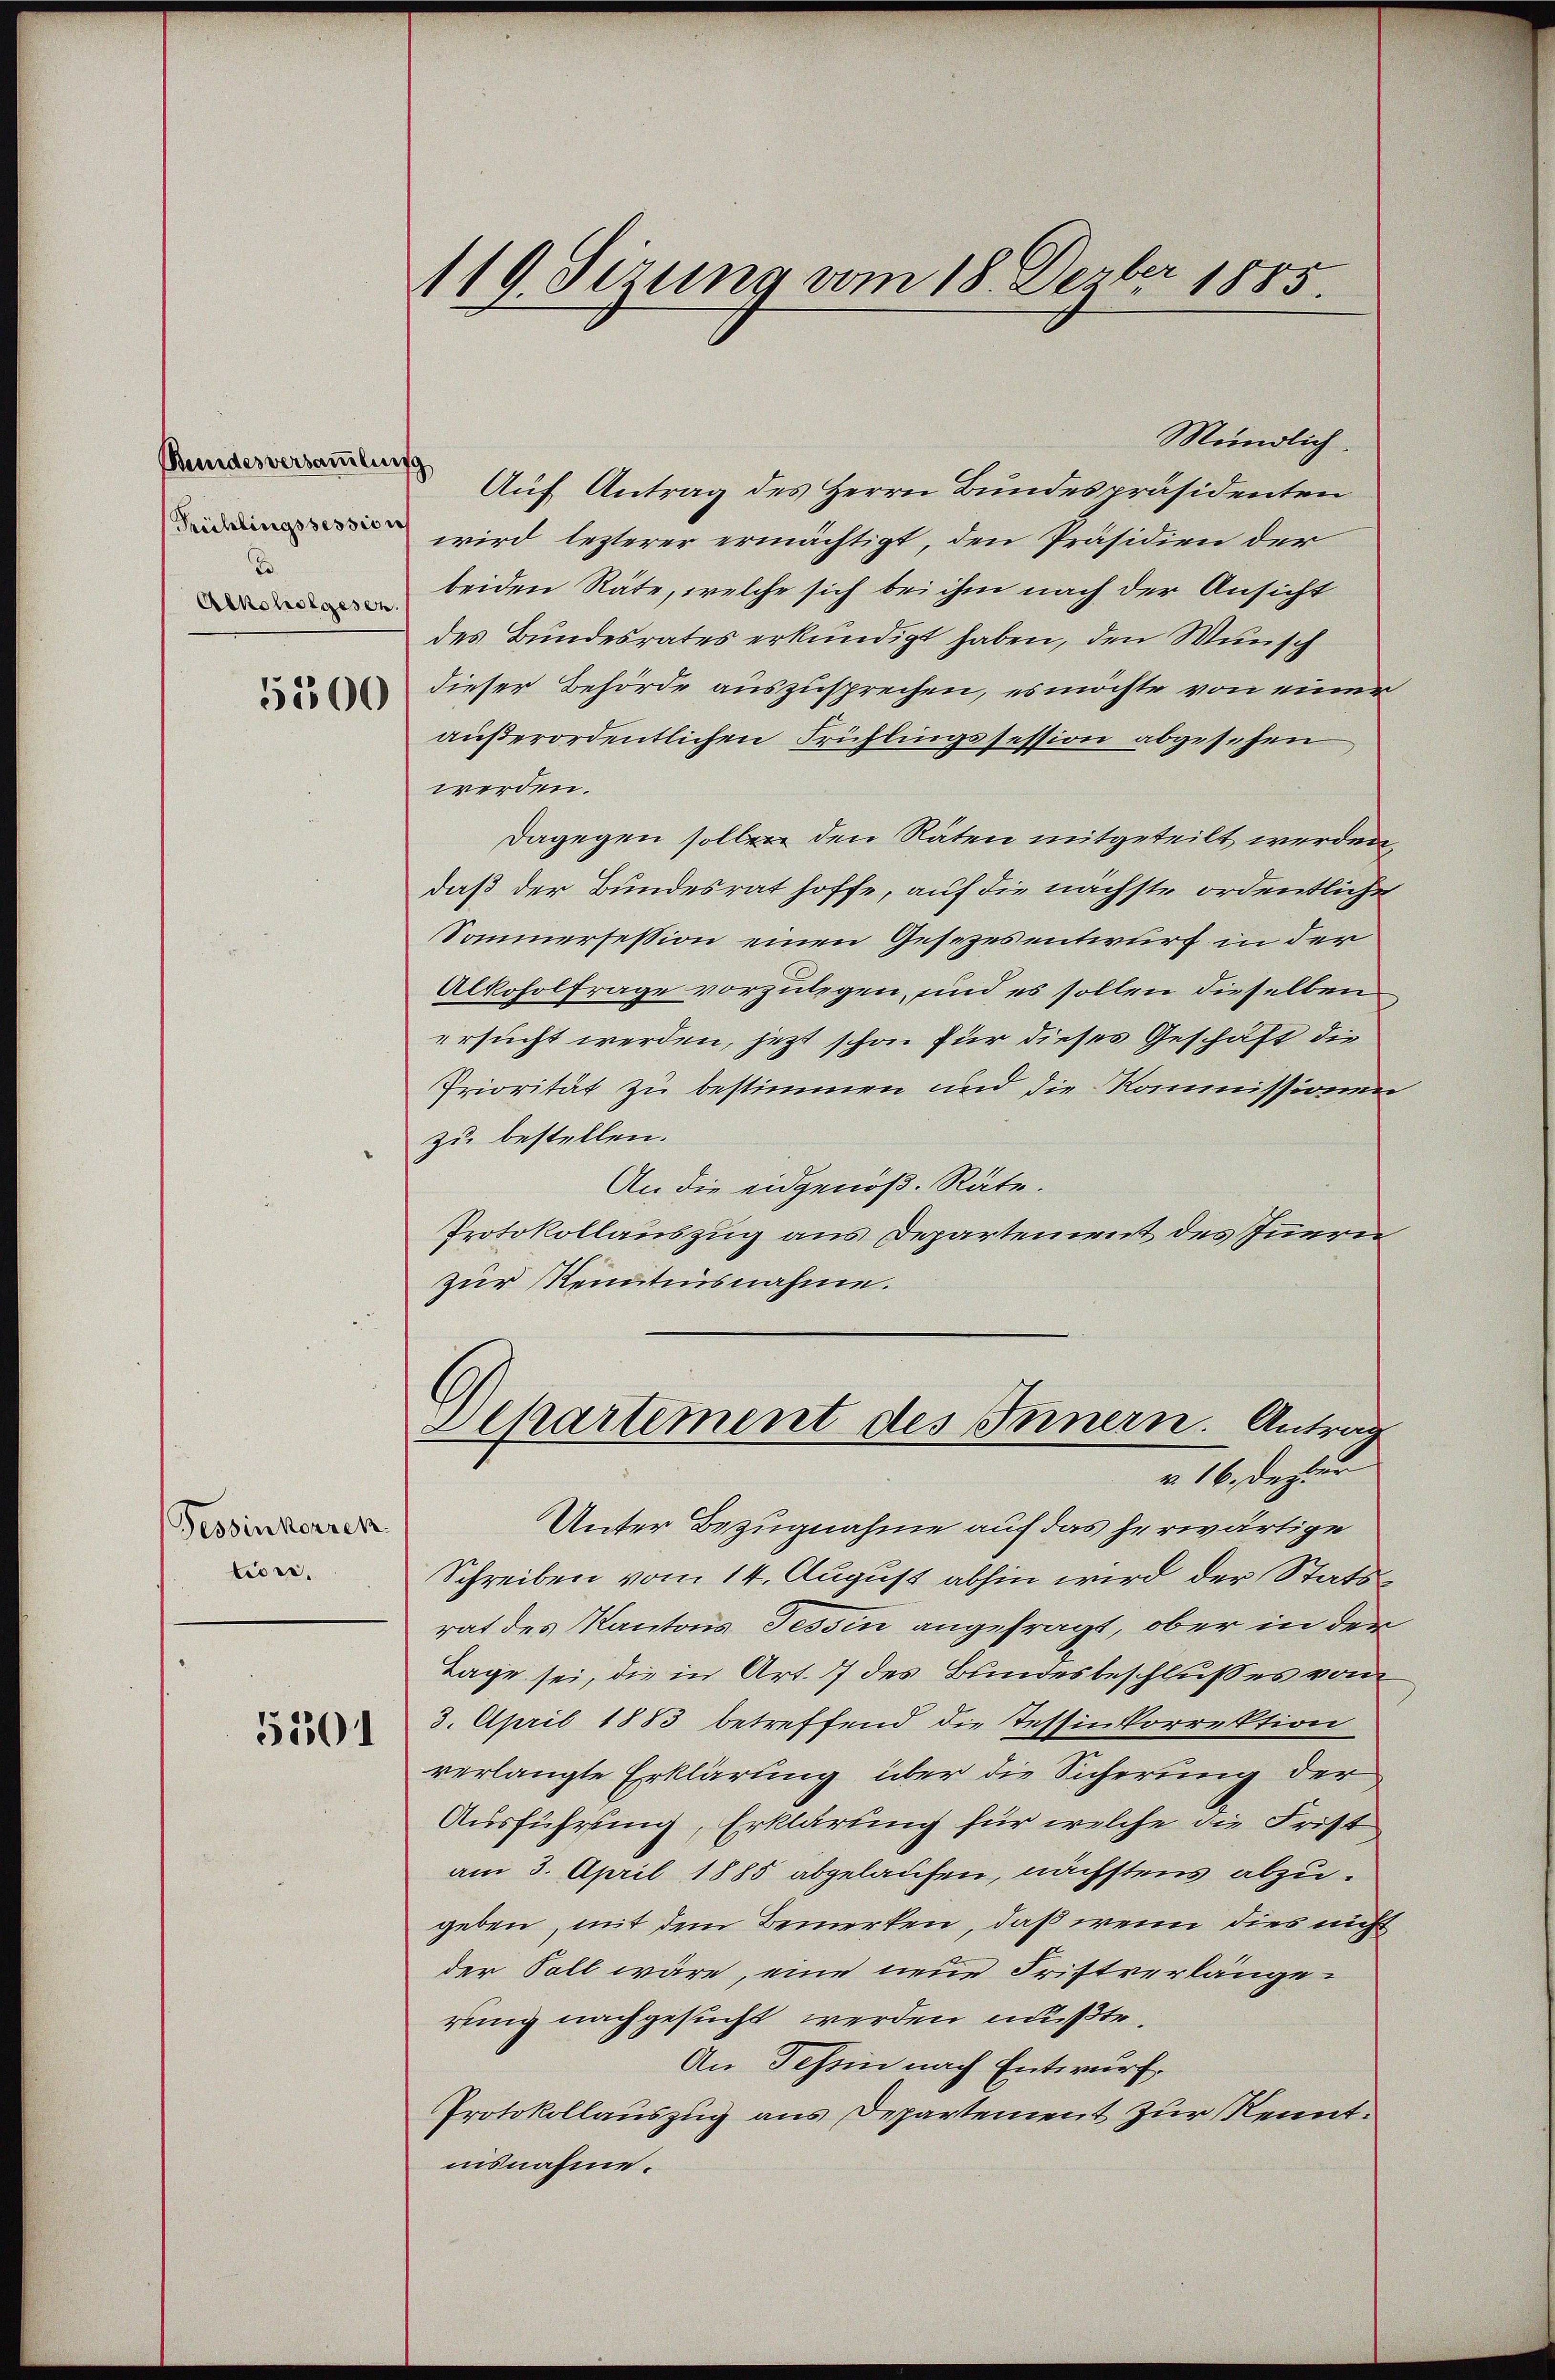
Bundesversammlung
Pöchlingssession
T
Alkoholgesen.

5500

Tessinkorrek
tior.

5501

119. Sizung vom 18. Derber 1885.

Mündlich.
Auf Antrag des Herrn Bundespräsidenten
wird lezterer ermächtigt, den Präsidien der
beiden Räte, welche sich bei ihm nach der Ansicht
des Bundesrates erkundigt haben, den Wunsch
dieser Behörde auszusprechen, es möchte von einer
außerordentlichen Frühlingssession abgesehen
werden.
Dagegen sollen den Räten mitgeteilt werden,
daß der Bundesrat hoffe, auf die nächste ordentliche
Sommersession einen Gesezesentwurf in der
Alkoholfrage vorzulegen, und es sollen dieselben
ersucht werden, jetzt schon für dieses Geschäft die
Priorität zu bestimmen und die Kommissionen
zu bestellen.
An die eidgenöß. Räte.
Protokollauszug aus Departement des Innern
zur Kenntnisnahme.

Eepartement des Innern. Antrag
v. 16. Decur

Unter Bezugnahme auf das herwärtige
Schreiben vom 14. August abhin wird der Statsrat des Kantons Tessin angefragt, ober in der
Tage sei, die in Art. 7 des Bundesbeschlußes vom
3. April 1883 betreffend die Tessinkorrektion
verlangte Erklärung über die Sicherung der
Ausführung, Erklärung für welche die Frist
am 3. April 1885 abgelaufen, nächstens abzugeben, mit dem Bemerken, daß wenn dies nicht
der Soll wäre, eine neue Fristverlänge.
rung nachgesucht werden mußte.
An Tessin nach Entwurf
Protokollauszug aus Departement zur Kennt.
nisnahme.